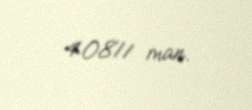
40811 man.